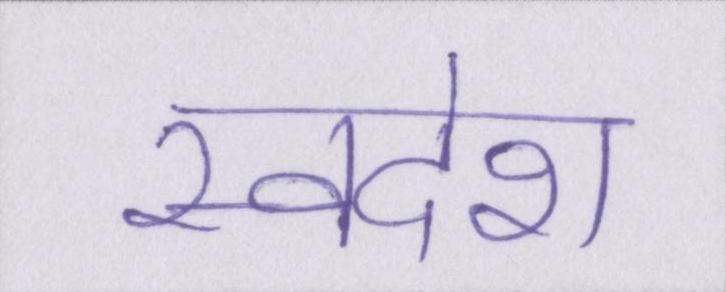
स्वदेश